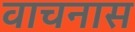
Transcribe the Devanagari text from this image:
वाचनास